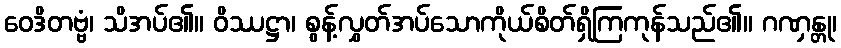
ဝေဒိတဗ္ဗံ၊ သိအပ်၏။ ဝိဿဋ္ဌာ၊ စွန့်လွှတ်အပ်သောကိုယ်စိတ်ရှိကြကုန်သည်၏။ ဂဏှန္တု၊